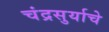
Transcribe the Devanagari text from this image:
चंद्रसुर्याचे